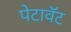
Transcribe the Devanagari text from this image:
पेटावॅट